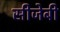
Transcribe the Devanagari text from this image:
सीजेबी